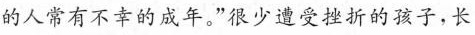
的人常有不幸的成年。”很少遭受挫折的孩子，长